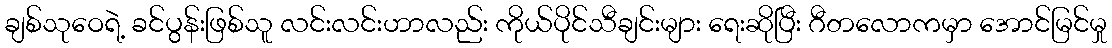
ချစ်သုဝေရဲ့ ခင်ပွန်းဖြစ်သူ လင်းလင်းဟာလည်း ကိုယ်ပိုင်သီချင်းများ ရေးဆိုပြီး ဂီတလောကမှာ အောင်မြင်မှု